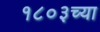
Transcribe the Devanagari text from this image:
१८०३च्या